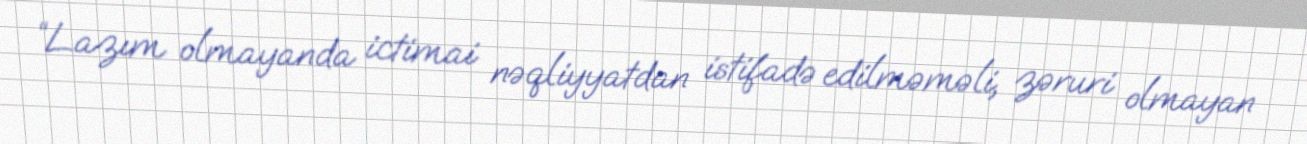
“Lazım olmayanda ictimai nəqliyyatdan istifadə edilməməli, zəruri olmayan